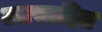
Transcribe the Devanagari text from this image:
उतसाहित